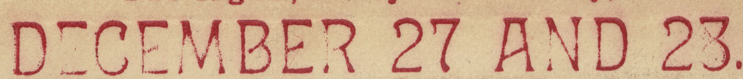
DECEMBER 27 AND 28.